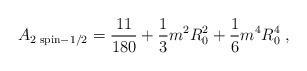
LaTeX: \begin{align*}A_{2 \; {\rm {spin}}-1/2}={11\over 180}+{1\over 3}m^{2}R_{0}^{2}+{1\over 6}m^{4}R_{0}^{4} \; ,\end{align*}